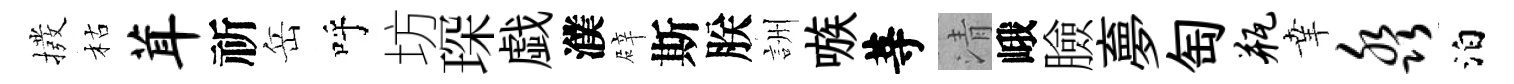
撥枯茸祈岳呼坊琛戯濮辟斯朕詶嗾䓁清峨臉夣匋瓶𦍒淼泊